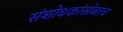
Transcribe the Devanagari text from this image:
संशोधकांसोबतच